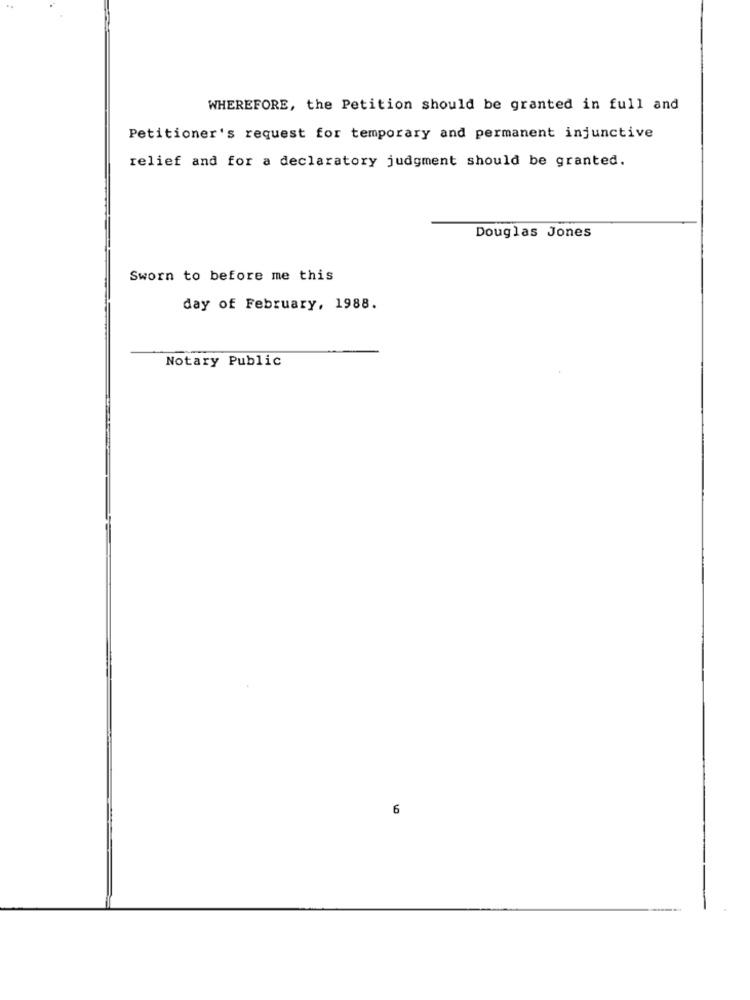
WHEREFORE, the Petition should be granted in full and
Petitioner's request for temporary and permanent injunctive
relief and for a declaratory judgment should be granted.
Douglas Jones
Sworn to before me this
day of February, 1988.
Notary Public
6